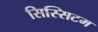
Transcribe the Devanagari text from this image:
सिस्सिटम